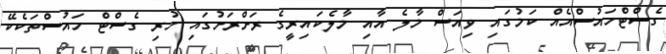
ގެސްޓްހައުސްއެއް ކަމުގައި ވިއަސް މާލެ އާއި މާލެކައިރީގެ ރަށްރަށުގައި ހުރި ގެސްޓް ހައުސްތަކެކޭ